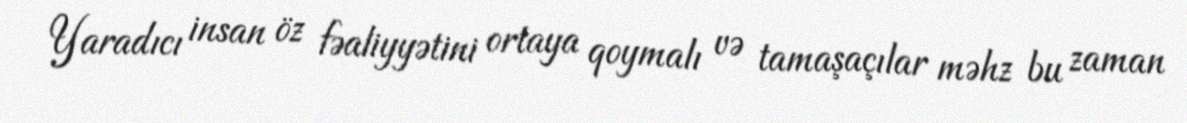
Yaradıcı insan öz fəaliyyətini ortaya qoymalı və tamaşaçılar məhz bu zaman